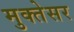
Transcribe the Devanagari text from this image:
मुक्तेसर